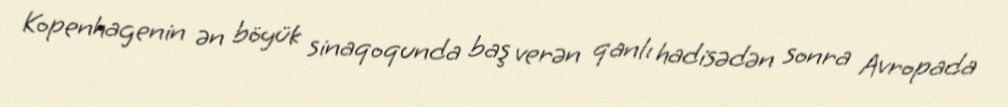
Kopenhagenin ən böyük sinaqoqunda baş verən qanlı hadisədən sonra Avropada